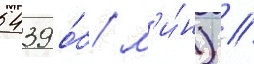
5439 о́б/ м'и́н) //